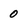
Character: 0